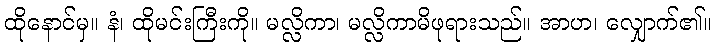
ထိုနောင်မှ။ နံ၊ ထိုမင်းကြီးကို။ မလ္လိကာ၊ မလ္လိကာမိဖုရားသည်။ အာဟ၊ လျှောက်၏။